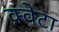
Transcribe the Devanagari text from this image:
क़्वेटा